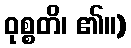
ဝုစ္စတိ၊ ၏။)